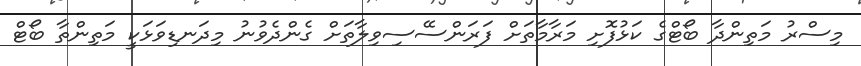
މިސްރު މަތިންދާ ބޯޓްގެ ކަޅުފޮށި މަރާމާތަށް ފަރަންސޭސިވިލާތަށް ގެންދެވުނު މިދަނޑިވަޅަކީ މަތިންތާ ބޯޓް